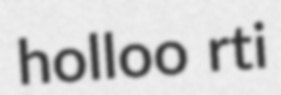
holloo rti